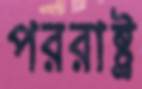
পররাষ্ট্র